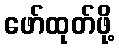
ဖော်ထုတ်ဖို့